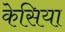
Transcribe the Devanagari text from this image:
केसिया